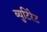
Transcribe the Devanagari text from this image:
ब्युटिरेट